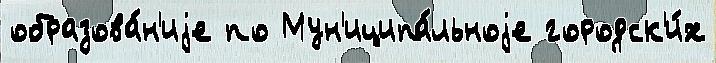
образова́н'иjе по Мун'иципа́льноjе городск'и́х